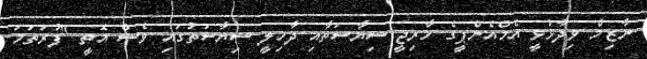
ނާޒިމް ވިދާޅުވީ އެމްއެންޕީގެ ޚާރިޖީ ސިޔާސަތާއި ދާޚިލީ ސިޔާސަތުގައި ވެސް އޮތީ "ފުރަތަމަ